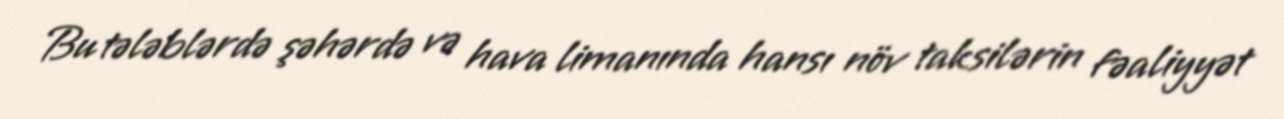
Bu tələblərdə şəhərdə və hava limanında hansı növ taksilərin fəaliyyət